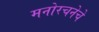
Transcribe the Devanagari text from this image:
मनोरचनेचे